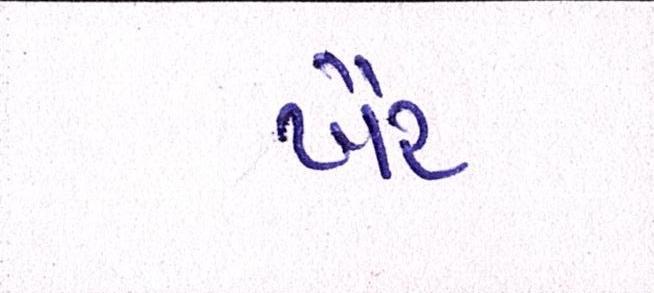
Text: ખૈર